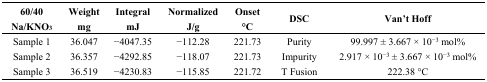
<table><thead><tr><td><b>60/40 Na/KNO<sub>3</sub></b></td><td><b>Weight mg</b></td><td><b>Integral mJ</b></td><td><b>Normalized J/g</b></td><td><b>Onset °C</b></td><td><b>DSC</b></td><td><b>Van’t Hoff</b></td></tr></thead><tbody><tr><td>Sample 1</td><td>36.047</td><td>−4047.35</td><td>−112.28</td><td>221.73</td><td>Purity</td><td>99.997 ± 3.667 × 10<sup>−3</sup> mol%</td></tr><tr><td>Sample 2</td><td>36.357</td><td>−4292.85</td><td>−118.07</td><td>221.73</td><td>Impurity</td><td>2.917 × 10<sup>−3</sup> ± 3.667 × 10<sup>−3</sup> mol%</td></tr><tr><td>Sample 3</td><td>36.519</td><td>−4230.83</td><td>−115.85</td><td>221.72</td><td>T Fusion</td><td>222.38 °C</td></tr></tbody></table>